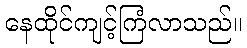
နေထိုင်ကျင့်ကြံလာသည်။